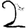
Digit: 2